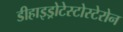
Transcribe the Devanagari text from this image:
डीहाइड्रोटेस्टोस्टेरोन